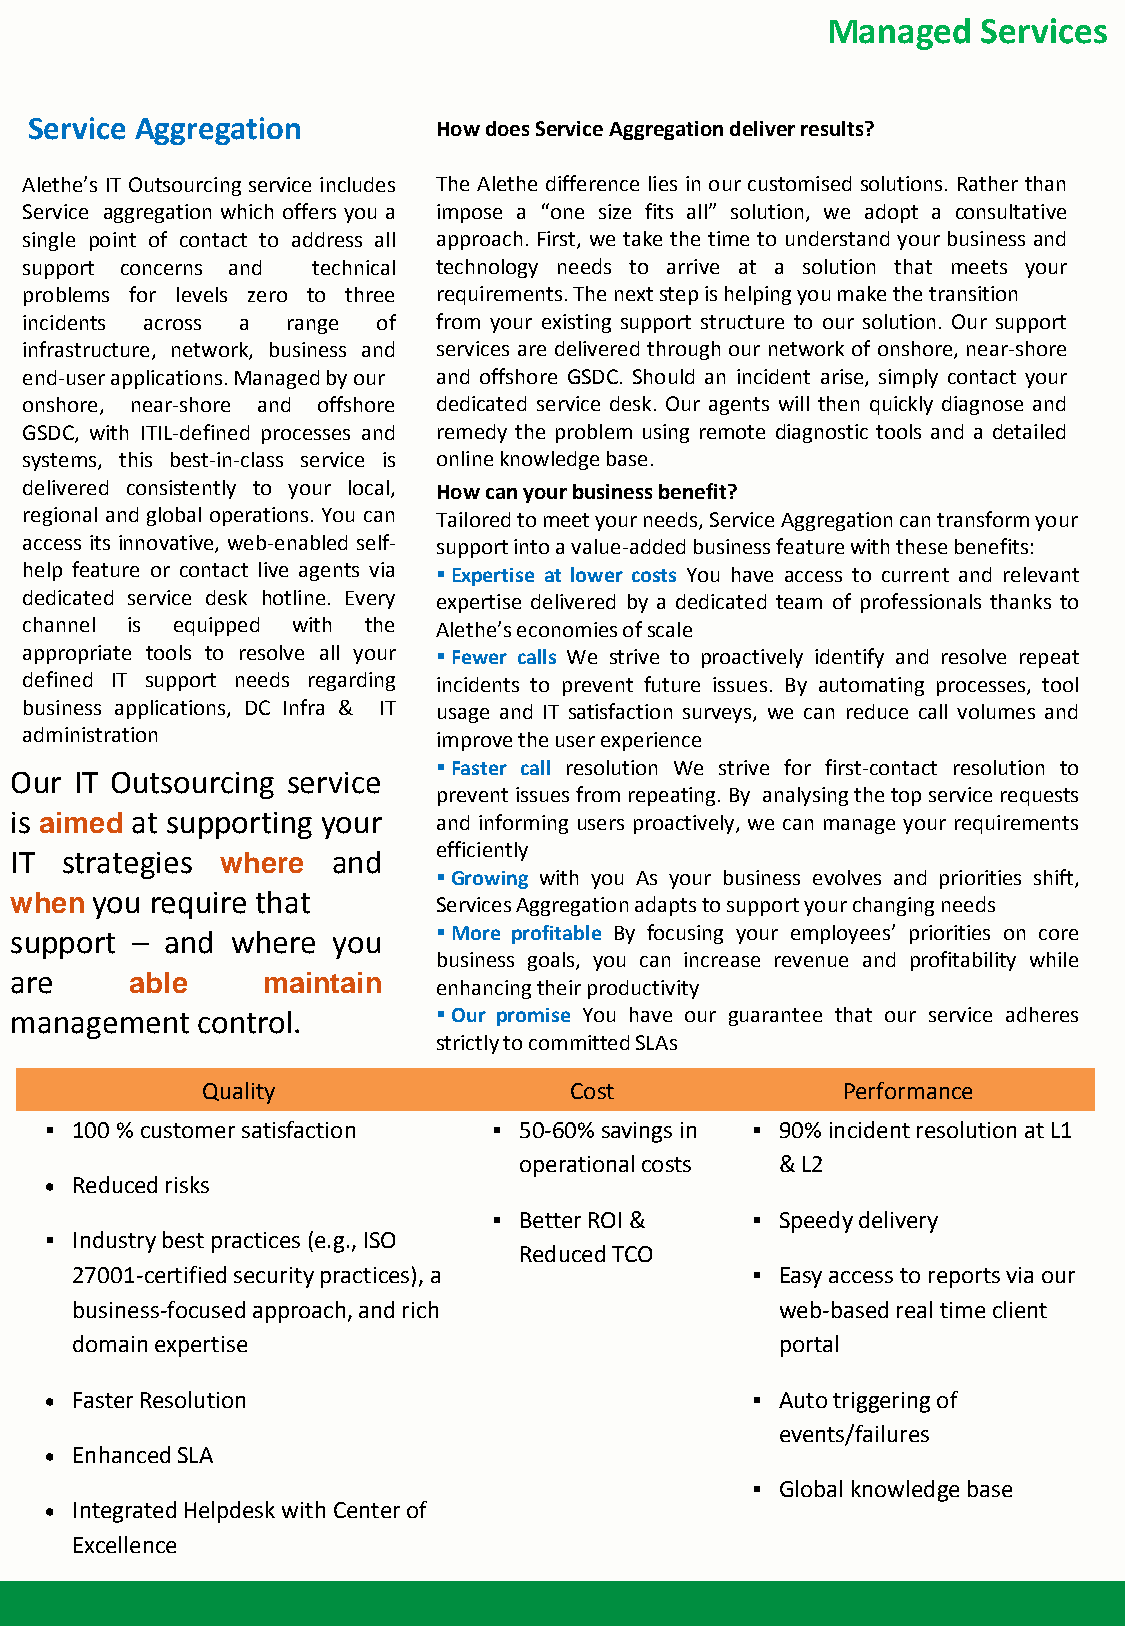
Managed   Services
 Service Aggregation        How does Service Aggregation deliver results?
 Alethe’s IT Outsourcing service includes The Alethe difference lies in our customised solutions. Rather than
 Service aggregation which offers you a impose a “one size fits all” solution, we adopt a consultative
 single point of contact to address all approach. First, we take the time to understand your business and
 support concerns and technical technology needs to arrive at a solution that meets your
 problems for levels zero to three requirements. The next step is helping you make the transition
 incidents across a range of from your existing support structure to our solution. Our support
 infrastructure, network, business and services are delivered through our network of onshore, near-shore
 end-user applications. Managed by our and offshore GSDC. Should an incident arise, simply contact your
 onshore, near-shore and offshore dedicated service desk. Our agents will then quickly diagnose and
 GSDC, with ITIL-defined processes and remedy the problem using remote diagnostic tools and a detailed
 systems, this best-in-class service is online knowledge base.
 delivered consistently to your local, How can your business benefit?
 regional and global operations. You can Tailored to meet your needs, Service Aggregation can transform your
 access its innovative, web-enabled self- support into a value-added business feature with these benefits:
 help feature or contact live agents via  Expertise at lower costs You have access to current and relevant
 dedicated service desk hotline. Every expertise delivered by a dedicated team of professionals thanks to
 channel is equipped with the Alethe’s economies of scale
 appropriate tools to resolve all your  Fewer calls We strive to proactively identify and resolve repeat
 defined IT support needs regarding incidents to prevent future issues. By automating processes, tool
 business applications, DC Infra & IT usage and IT satisfaction surveys, we can reduce call volumes and
 administration              improve the user experience
  Faster call resolution We strive for first-contact resolution to
 Our IT Outsourcing service
 prevent issues from repeating. By analysing the top service requests
 is aimed at supporting your and informing users proactively, we can manage your requirements
 efficiently
 IT strategies where  and
  Growing with you As your business evolves and priorities shift,
 when you require that       Services Aggregation adapts to support your changing needs
 support – and where  you     More profitable By focusing your employees’ priorities on core
 business goals, you can increase revenue and profitability while
 are     able    maintain
 enhancing their productivity
 management  control.         Our promise You have our guarantee that our service adheres
 strictly to committed SLAs
 Quality                  Cost              Performance
  100 % customer satisfaction  50-60% savings in  90% incident resolution at L1
 operational costs & L2
  Reduced risks
  Better ROI &    Speedy delivery
  Industry best practices (e.g., ISO
 Reduced TCO
 27001-certified security practices), a        Easy access to reports via our
 business-focused approach, and rich            web-based real time client
 domain expertise                               portal
  Faster Resolution                             Auto triggering of
 events/failures
  Enhanced SLA
  Global knowledge base
  Integrated Helpdesk with Center of
 Excellence